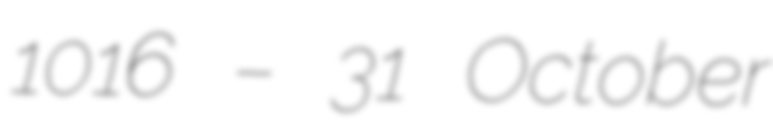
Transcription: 1016 – 31 October